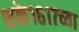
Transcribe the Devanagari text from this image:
शके१६१७च्या